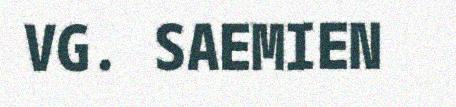
VG. SAEMIEN